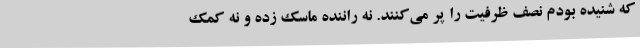
که شنیده بودم نصف ظرفیت را پر می‌کنند. نه راننده ماسک زده و نه کمک